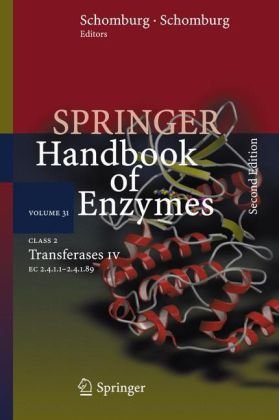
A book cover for Class 2 Transferases IV: EC 2.4.1.1 - 2.4.1.89 (Springer Handbook of Enzymes); Medical Books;